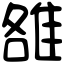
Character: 雒